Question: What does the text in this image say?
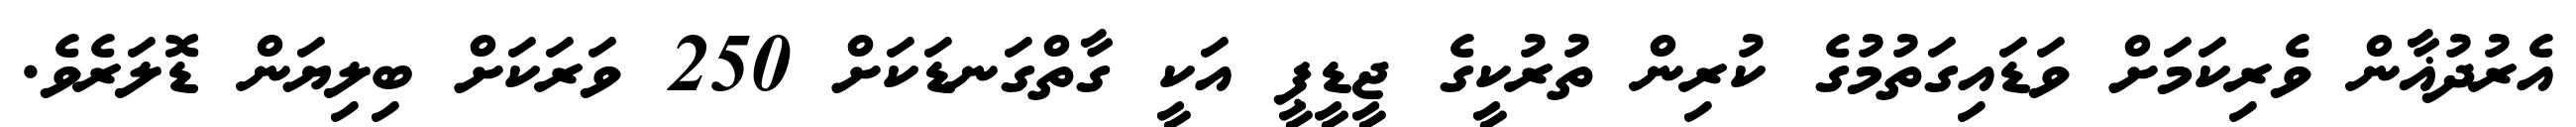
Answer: އެރުދުޣާން ވެރިކަމަށް ވަޑައިގަތުމުގެ ކުރިން ތުރުކީގެ ޖީޑީޕީ އަކީ ގާތްގަނޑަކަށް 250 ވަރަކަށް ބިލިޔަން ޑޮލަރެވެ.